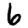
Digit: 6